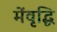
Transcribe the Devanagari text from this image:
मेंवृद्धि